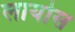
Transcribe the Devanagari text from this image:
लायोस